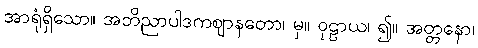
အာရုံရှိသော။ အဘိညာပါဒကဈာနတော၊ မှ။ ဝုဠာယ၊ ၍။ အတ္တနော၊